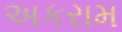
અકરામ